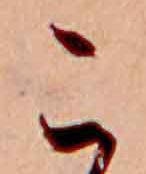
こ